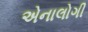
એનાલોગી